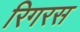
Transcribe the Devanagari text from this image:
रिगरस